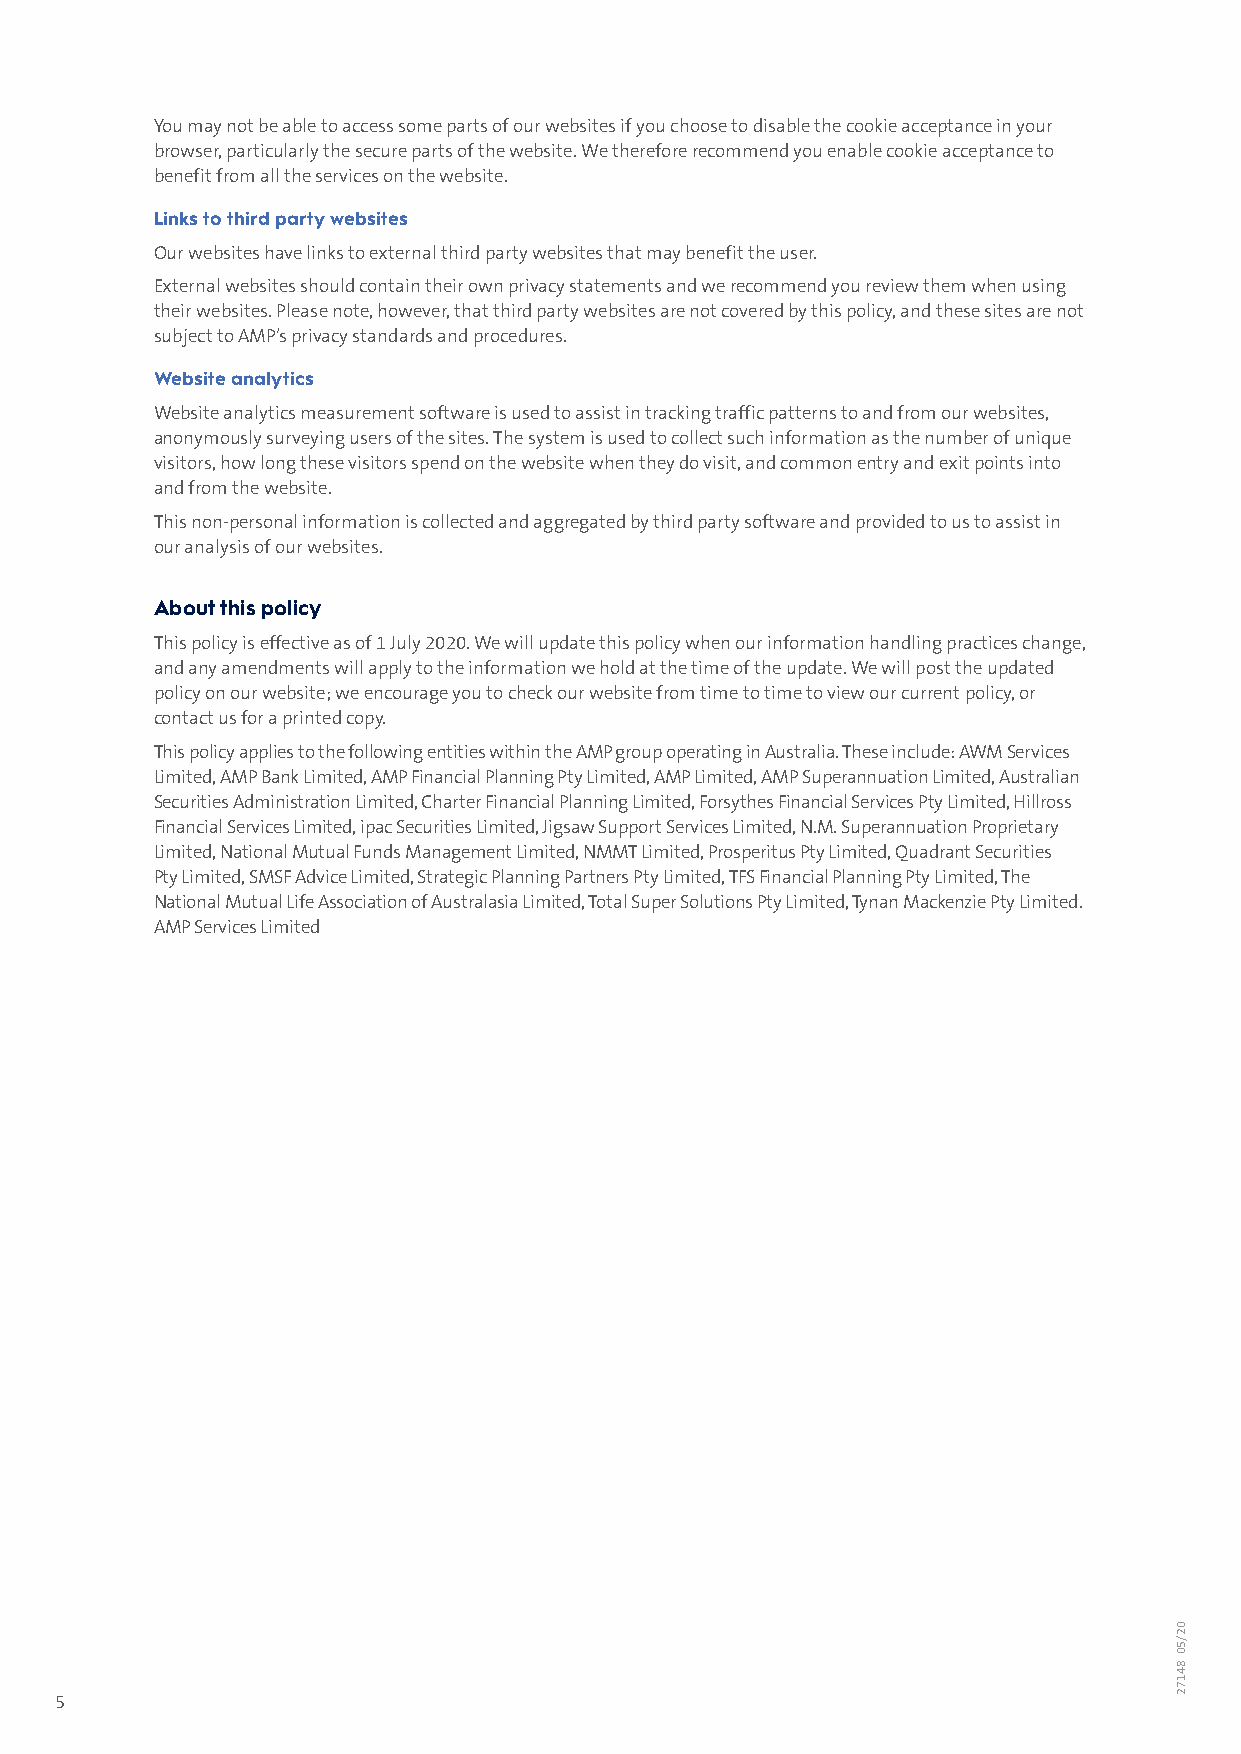
You may not be able to access some parts of our websites if you choose to disable the cookie acceptance in your
 browser, particularly the secure parts of the website. We therefore recommend you enable cookie acceptance to
 benefit from all the services on the website.
 Links to third party websites
 Our websites have links to external third party websites that may benefit the user.
 External websites should contain their own privacy statements and we recommend you review them when using
 their websites. Please note, however, that third party websites are not covered by this policy, and these sites are not
 subject to AMP’s privacy standards and procedures.
 Website analytics
 Website analytics measurement software is used to assist in tracking traffic patterns to and from our websites,
 anonymously surveying users of the sites. The system is used to collect such information as the number of unique
 visitors, how long these visitors spend on the website when they do visit, and common entry and exit points into
 and from the website.
 This non-personal information is collected and aggregated by third party software and provided to us to assist in
 our analysis of our websites.
 About this policy
 This policy is effective as of 1 July 2020. We will update this policy when our information handling practices change,
 and any amendments will apply to the information we hold at the time of the update. We will post the updated
 policy on our website; we encourage you to check our website from time to time to view our current policy, or
 contact us for a printed copy.
 This policy applies to the following entities within the AMP group operating in Australia. These include: AWM Services
 Limited, AMP Bank Limited, AMP Financial Planning Pty Limited, AMP Limited, AMP Superannuation Limited, Australian
 Securities Administration Limited, Charter Financial Planning Limited, Forsythes Financial Services Pty Limited, Hillross
 Financial Services Limited, ipac Securities Limited, Jigsaw Support Services Limited, N.M. Superannuation Proprietary
 Limited, National Mutual Funds Management Limited, NMMT Limited, Prosperitus Pty Limited, Quadrant Securities
 Pty Limited, SMSF Advice Limited, Strategic Planning Partners Pty Limited, TFS Financial Planning Pty Limited, The
 National Mutual Life Association of Australasia Limited, Total Super Solutions Pty Limited, Tynan Mackenzie Pty Limited.
 AMP Services Limited
 5
 02/50
 84172